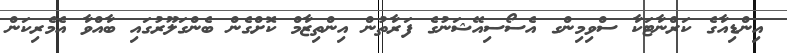
އިންޑިއާގެ ކަރްނާޓަކާ ސްވިމިންގ އެސޯސިއޭޝަނުގެ ފަރާތުން އިންތިޒާމް ކޮށްގެން ބެންގަލޫރުގައި ބާއްވާ އެމެރިކަން